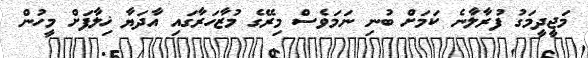
މަޖީދީމަގު ފުރާލާނެ ކަމަށް ބުނި ނަމަވެސް މިރޭގެ މުޒާހަރާގައި އާދަޔާ ޚިލާފަށް މީހުން